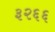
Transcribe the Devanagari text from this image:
३२६६